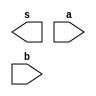

 // ------------------------- 
// Exemplo0024 - Comparador 
// Nome: Gustavo Jota Resende
// ------------------------- 
// ------------------------- 
// comparador
// ------------------------- 
 

module f4 (output [5:0] s, 
input [5:0] a, 
input [5:0] b);
assign s1 = (a | b);
endmodule // f4 

 

module testef4;  // FALTOU O CABECALHO DO MODULO

// ------------------------- definir dados 
reg [5:0] x; 
reg [5:0] y; 
wire [5:0] z; 

f4 modulo (z, x, y); 

 


// ------------------------- parte principal 
initial begin 
$display("Exemplo0024 - Gustavo Jota Resende - 427413"); 
$display("Test LU's comparador"); 
// projetar testes do somador complete

x = 6'b110011; y = 6'b110011;
$monitor("%b (|) %b com comparador 0=diferente %b = %b", z, x, y);  
end 
endmodule // test_f4 

//Teste
// no identifiquei o erro